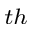
^ { t h }